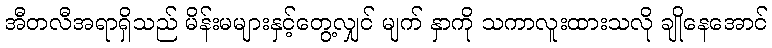
အီတလီအရာရှိသည် မိန်းမများနှင့်တွေ့လျှင် မျက် နှာကို သကာလူးထားသလို ချိုနေအောင်